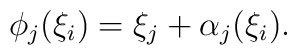
\phi_j (\xi_i)=\xi_j+\alpha_j(\xi_i).